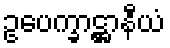
ဥပေက္ခာဋ္ဌာနီယံ